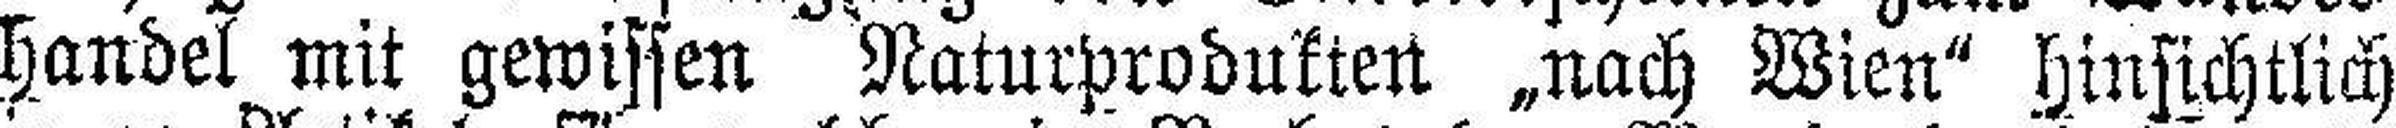
handel mit gewissen Naturprodukten „nach Wien" hinsichtlich